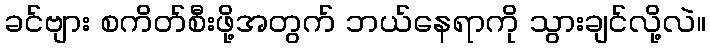
ခင်ဗျား စကိတ်စီးဖို့အတွက် ဘယ်နေရာကို သွားချင်လို့လဲ။